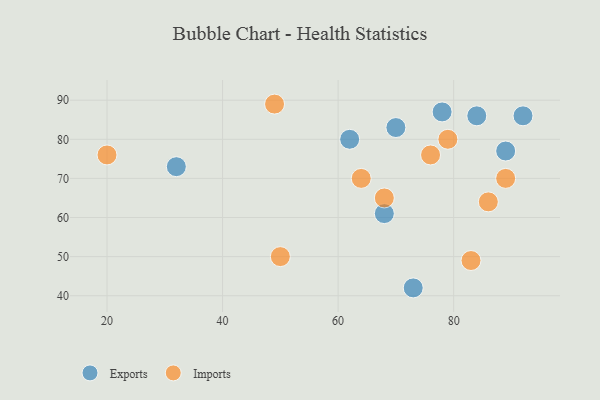
{"axis": {"x": "GDP", "y": "Life Expectancy"}, "legend": ["Exports", "Imports"], "data": [{"x": "70", "y": 83, "type": "Exports"}, {"x": "32", "y": 73, "type": "Exports"}, {"x": "89", "y": 77, "type": "Exports"}, {"x": "92", "y": 86, "type": "Exports"}, {"x": "78", "y": 87, "type": "Exports"}, {"x": "68", "y": 61, "type": "Exports"}, {"x": "62", "y": 80, "type": "Exports"}, {"x": "73", "y": 42, "type": "Exports"}, {"x": "84", "y": 86, "type": "Exports"}, {"x": "86", "y": 64, "type": "Imports"}, {"x": "50", "y": 50, "type": "Imports"}, {"x": "89", "y": 70, "type": "Imports"}, {"x": "76", "y": 76, "type": "Imports"}, {"x": "49", "y": 89, "type": "Imports"}, {"x": "83", "y": 49, "type": "Imports"}, {"x": "64", "y": 70, "type": "Imports"}, {"x": "68", "y": 65, "type": "Imports"}, {"x": "20", "y": 76, "type": "Imports"}, {"x": "79", "y": 80, "type": "Imports"}]}